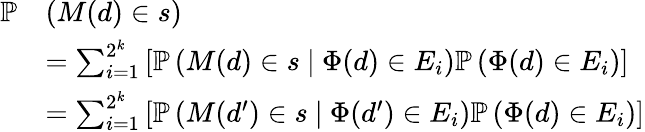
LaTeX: \begin{array}{rl}{\mathbb{P}}&{(M(d)\in s)}\\ &{=\sum_{i=1}^{2^{k}}\left[\mathbb{P}\left(M(d)\in s\ |\ \Phi(d)\in E_{i}\right)\mathbb{P}\left(\Phi(d)\in E_{i}\right)\right]}\\ &{=\sum_{i=1}^{2^{k}}\left[\mathbb{P}\left(M(d^{\prime})\in s\ |\ \Phi(d^{\prime})\in E_{i}\right)\mathbb{P}\left(\Phi(d)\in E_{i}\right)\right]}\end{array}